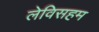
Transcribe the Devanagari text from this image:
लेविसहम